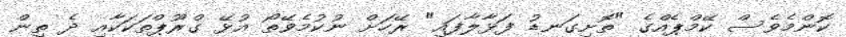
ކޮންމެވެސް ކޭމްޕެއްގެ "ތޮށިގަނޑު ފަޅާލާފައި" ރޭހަށް ނުކުމެވޭތޯ އުޅޭ ގްރޫޕްތަކަކާއި ދެ ތިން